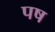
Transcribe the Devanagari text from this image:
पष